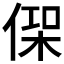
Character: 𠋸